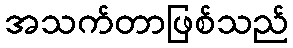
အသက်တာဖြစ်သည်